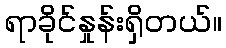
ရာခိုင်နှုန်းရှိတယ်။